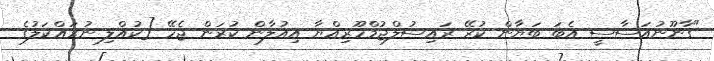
"ގާނޫނުއަސާސީ އެބަ ބަޔާން ކުރޭ ރައިސުލްޖުމްހޫރިއްޔާ އިއުލާން ކުރަން ޖެހޭ [ކުއްލި ނުރައްކަލުގެ